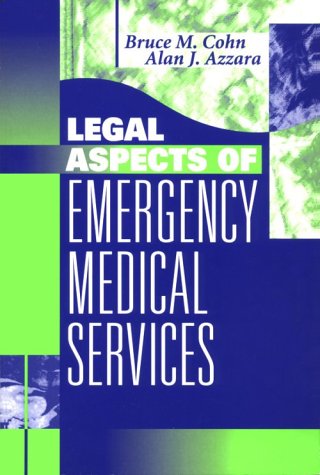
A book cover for Legal Aspects of Emergency Medical Services, 1e; Bruce M. Cohn JD  EMT-CC; Law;